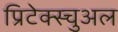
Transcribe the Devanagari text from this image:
प्रिटेक्स्चुअल